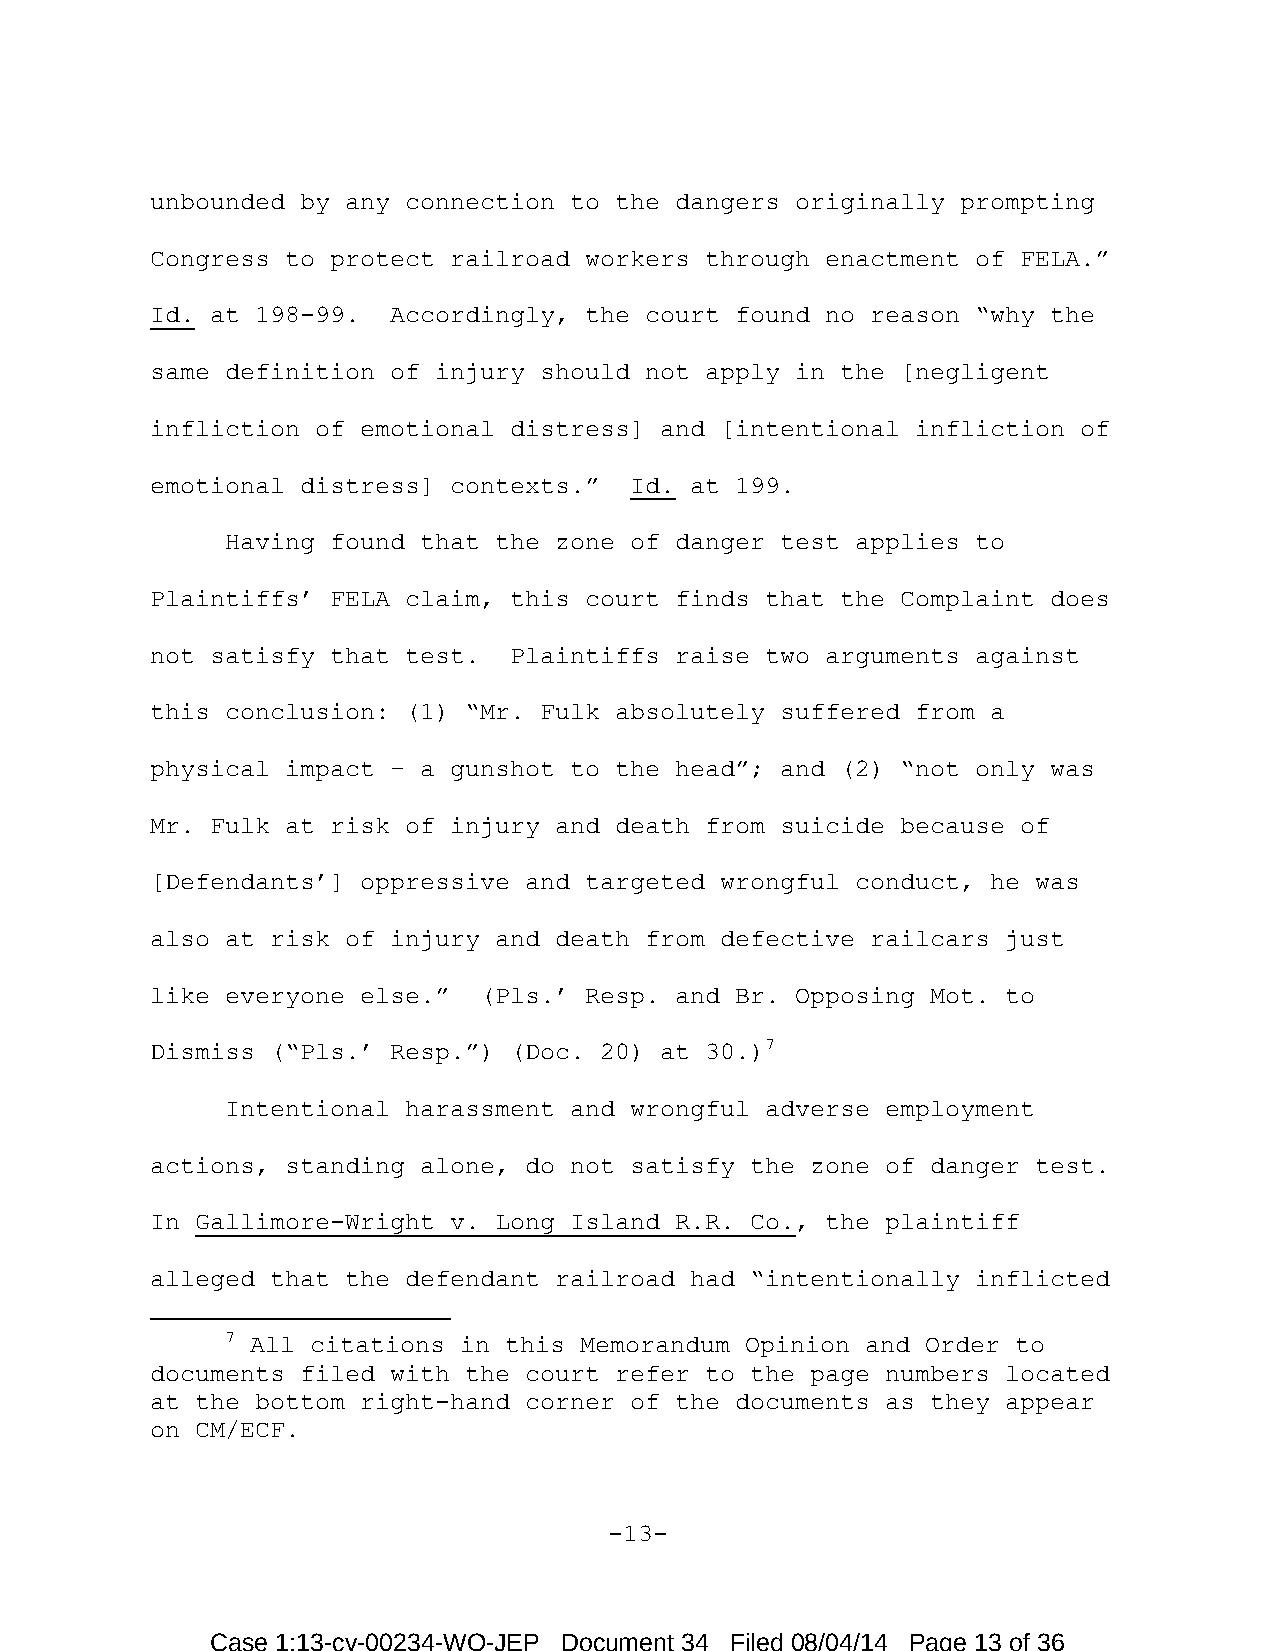
unbounded by any connection to the dangers originally prompting
 Congress to protect railroad workers through enactment of FELA.”
 Id. at 198-99.  Accordingly, the court found no reason “why the
 same definition of injury should not apply in the [negligent
 infliction of emotional distress] and [intentional infliction of
 emotional distress] contexts.”  Id. at 199.
 Having found that the zone of danger test applies to
 Plaintiffs’ FELA claim, this court finds that the Complaint does
 not satisfy that test.  Plaintiffs raise two arguments against
 this conclusion: (1) “Mr. Fulk absolutely suffered from a
 physical impact – a gunshot to the head”; and (2) “not only was
 Mr. Fulk at risk of injury and death from suicide because of
 [Defendants’] oppressive and targeted wrongful conduct, he was
 also at risk of injury and death from defective railcars just
 like everyone else.”  (Pls.’ Resp. and Br. Opposing Mot. to
 Dismiss (“Pls.’ Resp.”) (Doc. 20) at 30.)7
 Intentional harassment and wrongful adverse employment
 actions, standing alone, do not satisfy the zone of danger test.
 In Gallimore-Wright v. Long Island R.R. Co., the plaintiff
 alleged that the defendant railroad had “intentionally inflicted
 7 All citations in this Memorandum Opinion and Order to
 documents filed with the court refer to the page numbers located
 at the bottom right-hand corner of the documents as they appear
 on CM/ECF.
 -13-
 Case 1:13-cv-00234-WO-JEP Document 34 Filed 08/04/14 Page 13 of 36